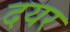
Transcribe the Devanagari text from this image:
दयर